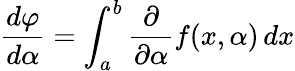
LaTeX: {\frac{d\varphi}{d\alpha}}=\int_{a}^{b}{\frac{\partial}{\partial\alpha}}f(x,\alpha)\, dx